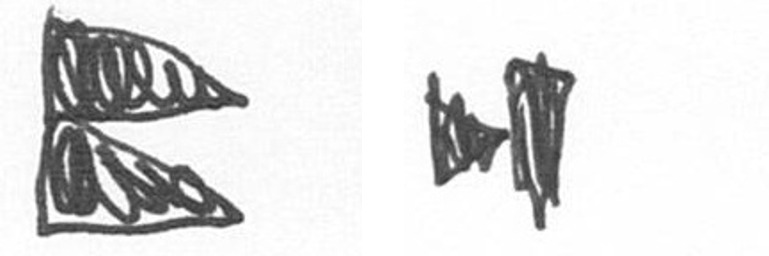
P M